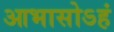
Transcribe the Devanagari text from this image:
आभासोऽहं